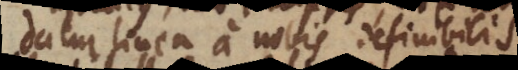
datur linea a nobis definibilis